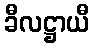
ခီလဋ္ဌာယီ